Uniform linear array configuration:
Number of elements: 24
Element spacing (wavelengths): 0.75
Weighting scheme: uniform
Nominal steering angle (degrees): -30
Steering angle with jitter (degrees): -30.035
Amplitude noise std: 0.05
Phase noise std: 0.05

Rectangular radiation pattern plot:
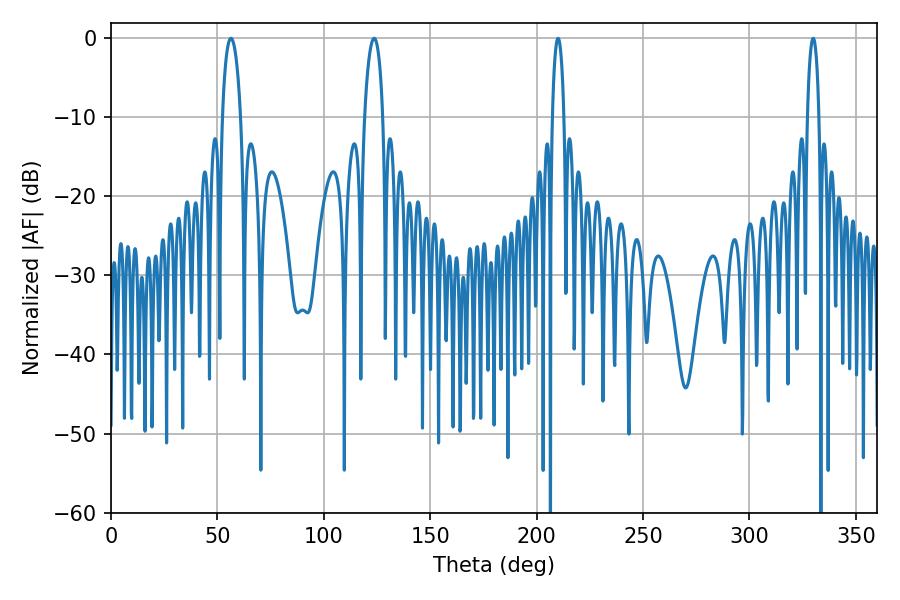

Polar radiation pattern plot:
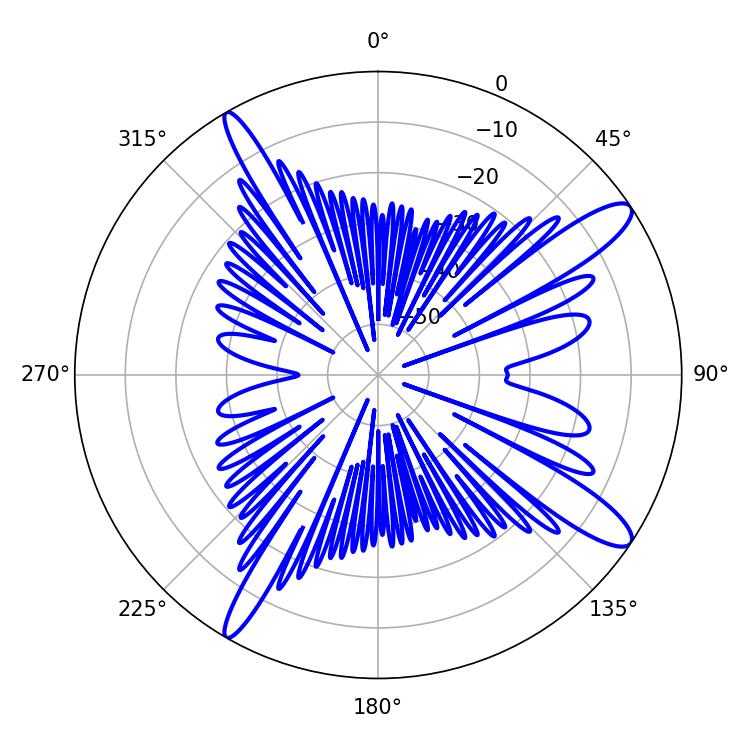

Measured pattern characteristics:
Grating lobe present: TRUE
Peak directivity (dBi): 12.949
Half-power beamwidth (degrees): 3.06
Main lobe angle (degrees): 210.06